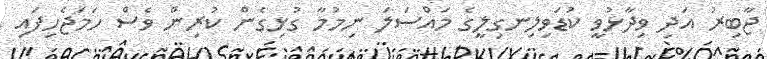
ޖާބިރު އަދި ވިދާޅުވީ ކުޑަވިލިނގިލީގެ މައްސަލަ ނިމުމާ ގުޅިގެން ކުރިން ވެސް ހަމަޖެހިފައި